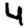
Digit: 4